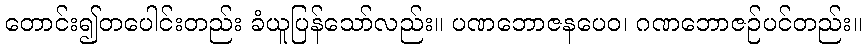
တောင်း၍တပေါင်းတည်း ခံယူပြန်သော်လည်း။ ပဏဘောဇနပေဝ၊ ဂဏဘောဇဉ်ပင်တည်း။